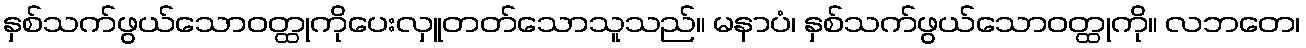
နှစ်သက်ဖွယ်သောဝတ္ထုကိုပေးလှူတတ်သောသူသည်။ မနာပံ၊ နှစ်သက်ဖွယ်သောဝတ္ထုကို။ လဘတေ၊